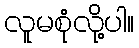
လူမစုံလို့ပါ။